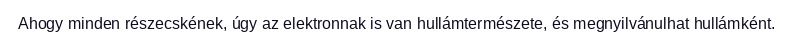
Ahogy minden részecskének, úgy az elektronnak is van hullámtermészete, és megnyilvánulhat hullámként.